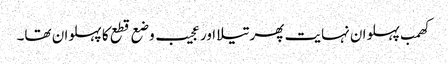
کھمب پہلوان نہایت پھرتیلا اور عجیب وضع قطع کا پہلوان تھا۔